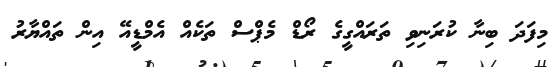
މިފަދަ ބިނާ ކުރަނިވި ތަރައްގީގެ ރޯޑް މެޕްސް ތަކެއް އެމްޑީއޭ އިން ތައްޔާރު